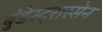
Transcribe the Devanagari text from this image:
बुंडेस्ट्रास्सेन